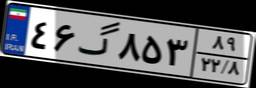
۴۶گ۸۵۳۸۹